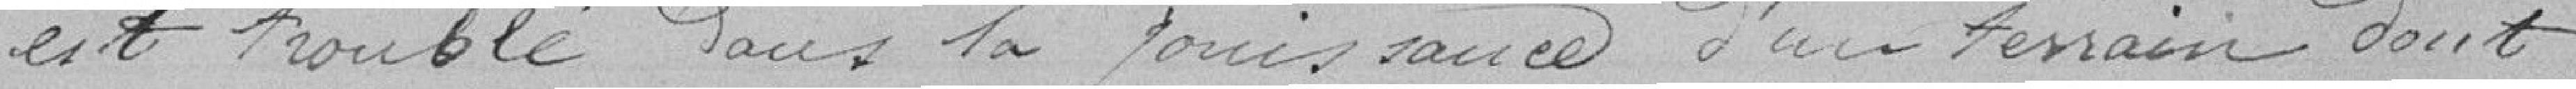
est troublé dans la jouissance d'un terrain dont